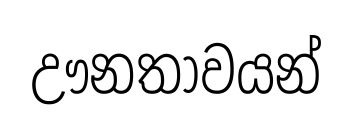
ඌනතාවයන්